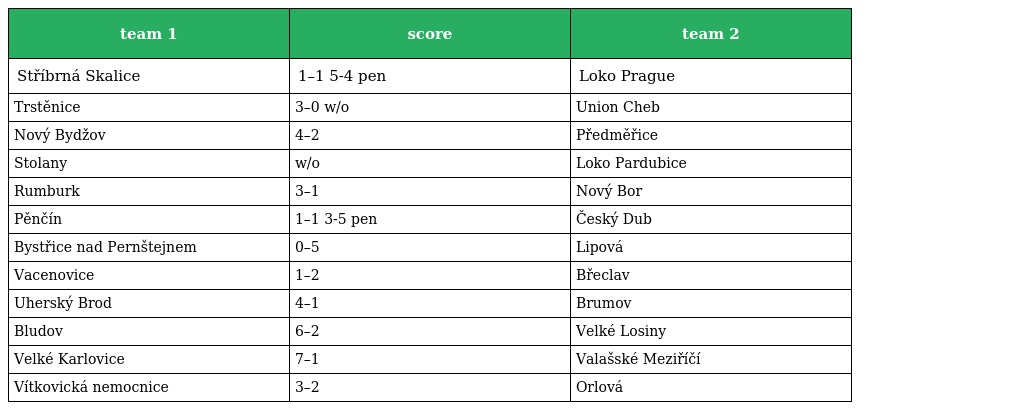
| team 1 | score | team 2 |
 | --- | --- | --- |
 | Stříbrná Skalice | 1–1 5-4 pen | Loko Prague |
 | Trstěnice | 3–0 w/o | Union Cheb |
 | Nový Bydžov | 4–2 | Předměřice |
 | Stolany | w/o | Loko Pardubice |
 | Rumburk | 3–1 | Nový Bor |
 | Pěnčín | 1–1 3-5 pen | Český Dub |
 | Bystřice nad Pernštejnem | 0–5 | Lipová |
 | Vacenovice | 1–2 | Břeclav |
 | Uherský Brod | 4–1 | Brumov |
 | Bludov | 6–2 | Velké Losiny |
 | Velké Karlovice | 7–1 | Valašské Meziříčí |
 | Vítkovická nemocnice | 3–2 | Orlová |